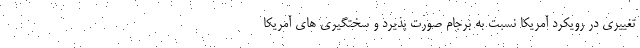
تغییری در رویکرد آمریکا نسبت به برجام صورت پذیرد و سختگیری های آمریکا